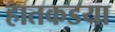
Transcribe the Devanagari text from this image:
हातकडया